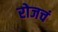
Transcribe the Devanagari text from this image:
रोजचं